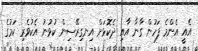
އެއީ އެންމެ ފަހުން ގާނާ އާއި ދެކޮޅަށް އިނގިރޭސިން ކުޅުނު އެކުވެރި ކަމުގެ